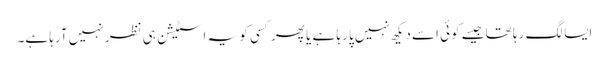
ایسا لگ رہا تھا جیسے کوئی اسے دیکھ نہیں پا رہا ہے یا پھر کسی کو یہ اسٹیشن ہی نظر نہیں آرہا ہے۔